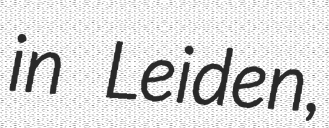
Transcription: in Leiden,